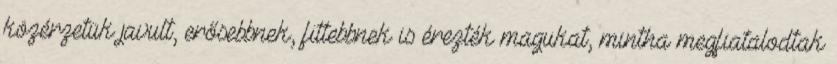
közérzetük javult, erősebbnek, fittebbnek is érezték magukat, mintha megfiatalodtak